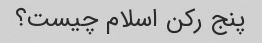
پنج رکن اسلام چیست؟